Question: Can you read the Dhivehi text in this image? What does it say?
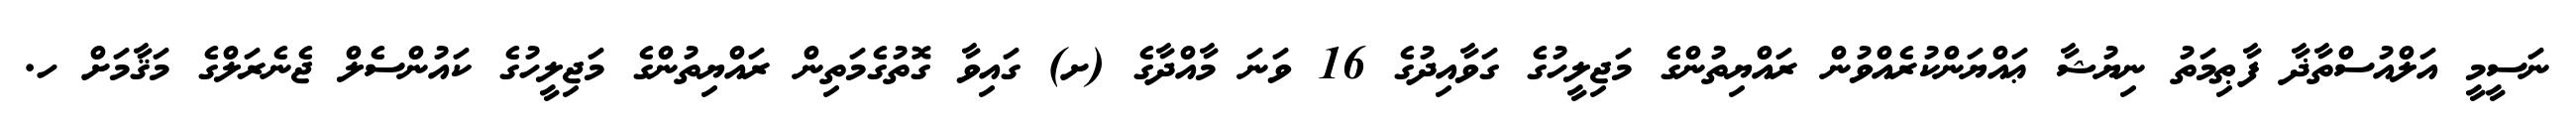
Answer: ނަސީމީ އަލްއުސްތާޛާ ފާޠިމަތު ނިޔުޝާ ޢައްޔަންކުރެއްވުން ރައްޔިތުންގެ މަޖިލީހުގެ ގަވާއިދުގެ 16 ވަނަ މާއްދާގެ (ށ) ގައިވާ ގޮތުގެމަތިން ރައްޔިތުންގެ މަޖިލީހުގެ ކައުންސެލް ޖެނެރަލްގެ މަޤާމަށް ހ.